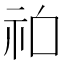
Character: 𱵆